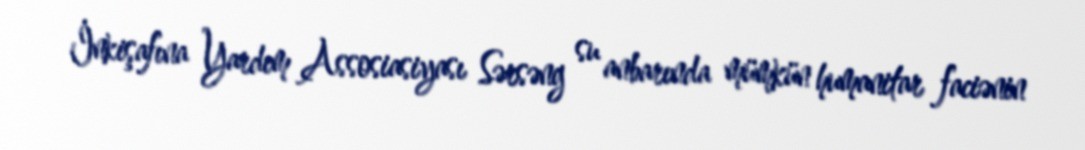
İnkişafına Yardım Assosiasiyası Sərsəng su anbarında mümkün humanitar faciənin